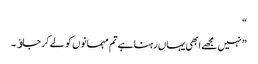
“
” نہیں مجھے ابھی یہاں رہنا ہے تم مہمانوں کو لے کر جاﺅ۔